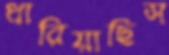
ধারিয়াছিস